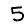
Digit: 5